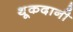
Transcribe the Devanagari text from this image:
थूकदानी